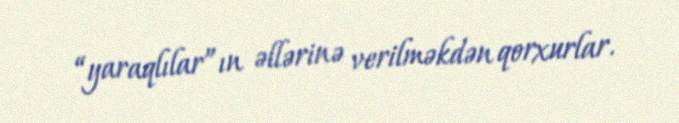
“yaraqlılar”ın əllərinə verilməkdən qorxurlar.